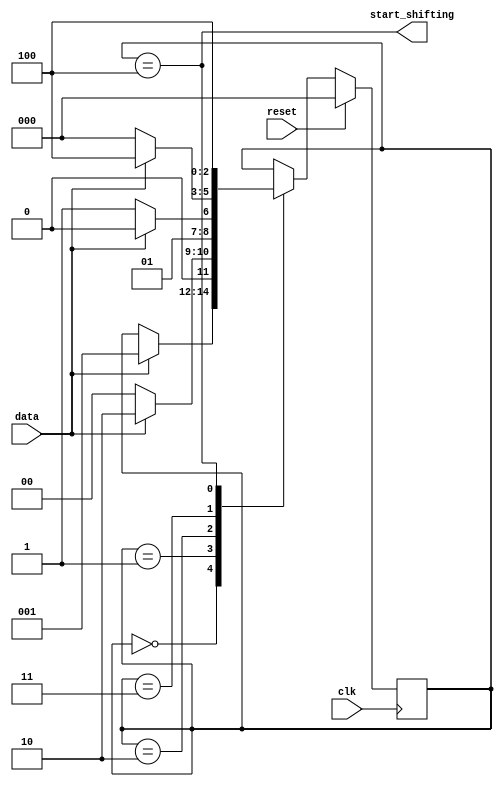
module top_module (
    input clk,
    input reset,      // Synchronous reset
    input data,
    output start_shifting);
	parameter s0=0,s1=1,s11=2,s110=3,s1101=4;
    reg [2:0] state , next_state;
    always @(posedge clk)
        if(reset) state <= s0;
    	else state <= next_state;
    always @(*) begin
        next_state = state;
        case (state)
            s0:if(data) next_state = s1;
            s1:if(data) next_state = s11;else next_state = s0;
            s11:if (~data) next_state = s110; else next_state = s11;
            s110:if (data) next_state = s1101; else next_state = s0;
            s1101: next_state = s1101;
        endcase
    end
    assign start_shifting = (state == s1101);
endmodule